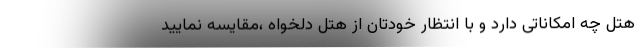
هتل چه امکاناتی دارد و با انتظار خودتان از هتل دلخواه ،مقایسه نمایید